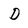
Character: D